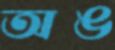
অঙ